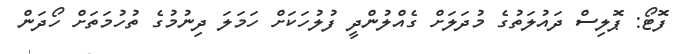
ފޮޓޯ: ޕޮލިސް ދައުލަތުގެ މުދަލަށް ގެއްލުންދީ ފުލުހަކަށް ހަމަލަ ދިނުމުގެ ތުހުމަތަށް ހޯދަން